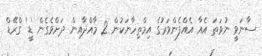
ސާނަވީ ނުވަތަ އެއާ އެއްފެންވަރުގެ އިމްތިހާނަކުން 2 މާއްދާއިން ދަށްވެގެން 'ޑީ' ގްރޭޑް